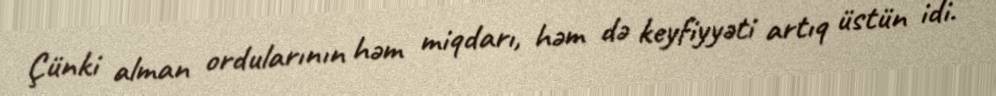
Çünki alman ordularının həm miqdarı, həm də keyfiyyəti artıq üstün idi.